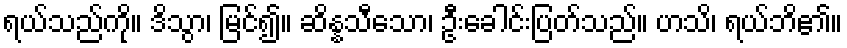
ရယ်သည်ကို။ ဒိသွာ၊ မြင်၍။ ဆိန္နသီသော၊ ဦးခေါင်းပြတ်သည်။ ဟသိ၊ ရယ်ဘိ၏။